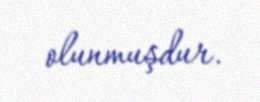
olunmuşdur.